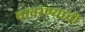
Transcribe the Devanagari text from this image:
वावरण्याची